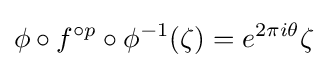
\phi \circ f^{\circ p}\circ \phi ^{-1}(\zeta )=e^{2\pi i\theta }\zeta